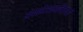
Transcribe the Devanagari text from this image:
अपनेअन्तर्नियमों